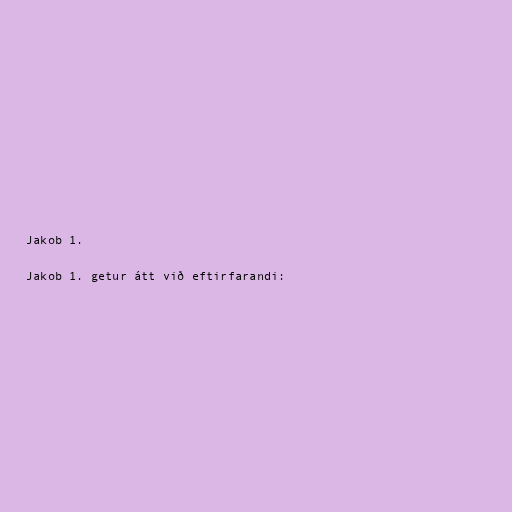
Jakob 1.

Jakob 1. getur átt við eftirfarandi: